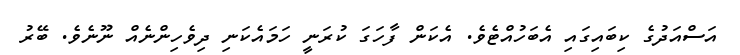
އަސްއަދުގެ ކިބައިގައި އެބަހުއްޓެވެ. އެކަން ފާހަގަ ކުރަނީ ހަމައެކަނި ދިވެހިންނެއް ނޫނެވެ. ބޭރު